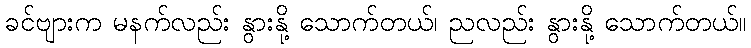
ခင်ဗျားက မနက်လည်း နွားနို့ သောက်တယ်၊ ညလည်း နွားနို့ သောက်တယ်။